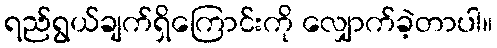
ရည်ရွယ်ချက်ရှိကြောင်းကို လျှောက်ခဲ့တာပါ။